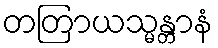
တတြာယသ္မန္တာနံ